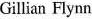
Gillian Flynn